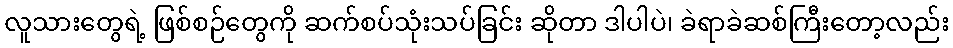
လူသားတွေရဲ့ ဖြစ်စဉ်တွေကို ဆက်စပ်သုံးသပ်ခြင်း ဆိုတာ ဒါပါပဲ၊ ခဲရာခဲဆစ်ကြီးတော့လည်း